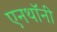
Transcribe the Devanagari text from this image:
एनथॉनी